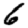
Digit: 6